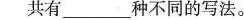
共有___种不同的写法。